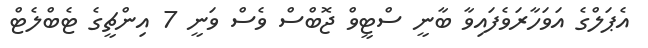
އެޕަލްގެ އަވަހާރަވެފައިވާ ބާނީ ސްޓީވް ޖޮބްސް ވެސް ވަނީ 7 އިންޗީގެ ޓެބްލެޓް